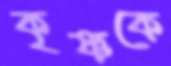
কৃষ্ণকে